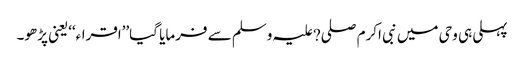
پہلی ہی وحی میں نبی اکرم صلی?علیہ وسلم سے فرمایا گیا’’اقراء‘‘یعنی پڑھو۔